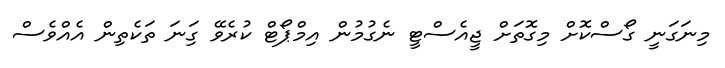
މިނަގަނީ ގޯސްކޮށް މިގޮތަށް ޖީއެސްޓީ ނެގުމުން އިމްޕޯޓް ކުރެވޭ ގަިނަ ތަކެތިން އެއްވެސް